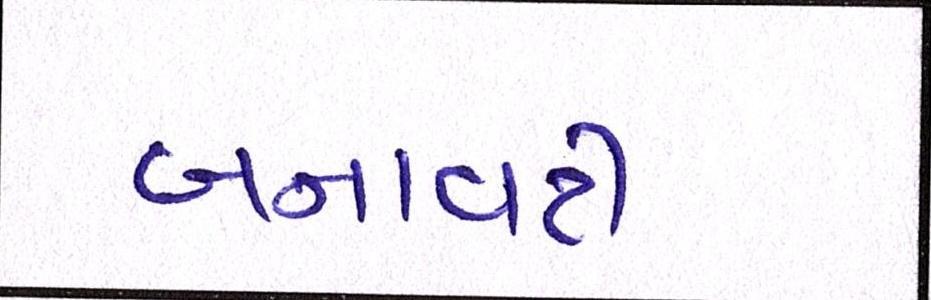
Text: બનાવટી